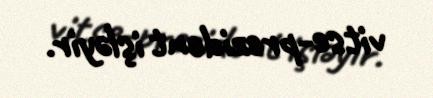
vitse-prezident işləyir.